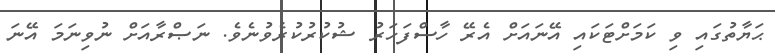
ޙަޔާތުގައި ވި ކަމަށްޓަކައި އޭނައަށް އެރޭ ހާސްފަހަރު ޝުކުރުކުރެވުނެވެ. ނަޞްރާއަށް ނުވިނަމަ އޭނަ